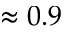
\approx 0 . 9